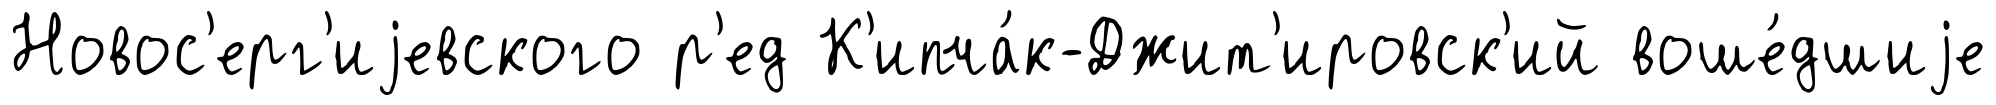
Новос'ерг'иjевского р'ед К'ипча́к-Джит'ировск'ий воше́дшиjе